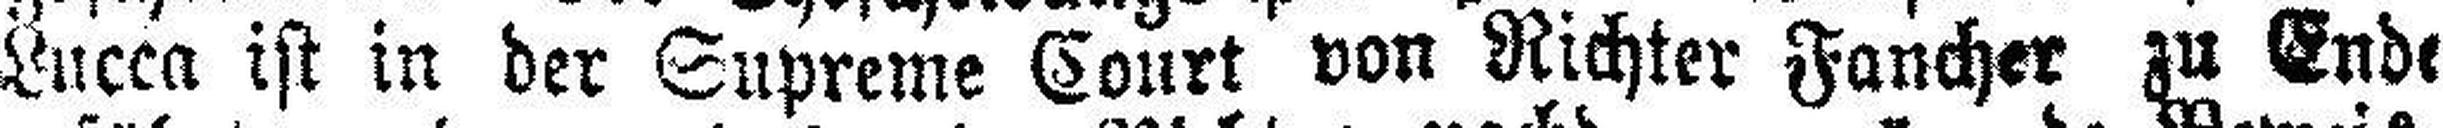
Lucca ist in der Supreme Court von Richter Fancher gu Ende